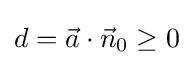
d={\vec {a}}\cdot {\vec {n}}_{0}\geq 0